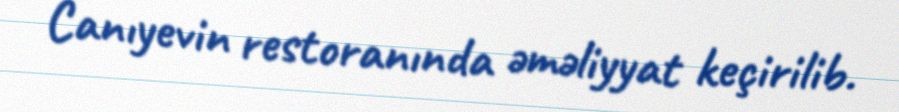
Canıyevin restoranında əməliyyat keçirilib.